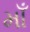
માઁ